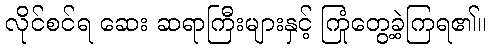
လိုင်စင်ရ ဆေး ဆရာကြီးများနှင့် ကြုံတွေ့ခဲ့ကြရ၏။